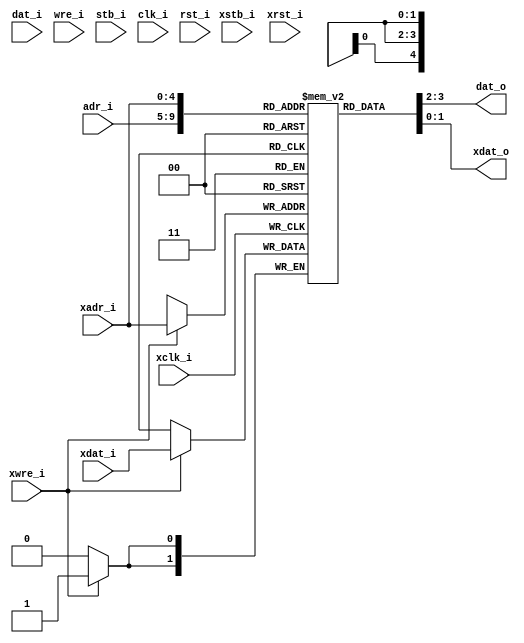
/* $Id: fasm_dparam.v,v 1.2 2008/06/05 20:53:16 sybreon Exp $
**
** FASM MEMORY LIBRARY
** Copyright (C) 2004-2009 Shawn Tan <shawn.tan@aeste.net>
** All rights reserved.
** 
** FASM is free software: you can redistribute it and/or modify it
** under the terms of the GNU Lesser General Public License as
** published by the Free Software Foundation, either version 3 of the
** License, or (at your option) any later version.
**
** FASM is distributed in the hope that it will be useful, but WITHOUT
** ANY WARRANTY; without even the implied warranty of MERCHANTABILITY
** or FITNESS FOR A PARTICULAR PURPOSE.  See the GNU Lesser General
** Public License for more details.
**
** You should have received a copy of the GNU Lesser General Public
** License along with FASM. If not, see <http:**www.gnu.org/licenses/>.
*/
/*
 * DUAL PORT ASYNCHRONOUS MEMORY BLOCK
 * Synthesis proven on:
 * - Xilinx ISE
 * - Altera Quartus (>=8.0) 
 */

module fasm_dparam (/*AUTOARG*/
   // Outputs
   dat_o, xdat_o,
   // Inputs
   dat_i, adr_i, wre_i, stb_i, clk_i, rst_i, xdat_i, xadr_i, xwre_i,
   xstb_i, xclk_i, xrst_i
   ) ;
   parameter AW = 5; // 32
   parameter DW = 2; // x2

   // PORT A - READ-ONLY
   output [DW-1:0] dat_o;  
   input [DW-1:0]  dat_i; // ignored
   input [AW-1:0]  adr_i;
   input 	   wre_i; // ignored
   input 	   stb_i; // ignored
   
   input 	   clk_i,
		   rst_i;

   // PORT X - READ/WRITE
   output [DW-1:0] xdat_o;  
   input [DW-1:0]  xdat_i;
   input [AW-1:0]  xadr_i;
   input 	   xwre_i;
   input 	   xstb_i; // ignored
   
   input 	   xclk_i,
		   xrst_i;

   reg [DW-1:0]    lram [(1<<AW)-1:0];
   
   always @(posedge xclk_i)
     if (xwre_i) lram[xadr_i] <= #1 xdat_i;	
   
   assign 	   dat_o = lram[adr_i];
   assign 	   xdat_o = lram[xadr_i];   
   
   // ### SIMULATION ONLY ###
   // synopsys translate_off
   integer i;
   initial begin
      for (i=0; i<(1<<AW); i=i+1) begin
	 lram[i] <= $random;	 
      end
   end
   // synopsys translate_on
      
endmodule // fasm_dparam